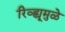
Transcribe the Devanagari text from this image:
रिव्ह्यूमुळे